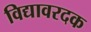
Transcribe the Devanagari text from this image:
विद्यावरदक